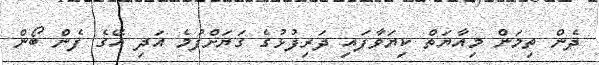
ދެން ތިމަން މިއާޔަތް ކިޔަވާފައި ދަރިފުޅުގެ ގަޔަށްފުމެ އަދި އޭގެ ފެން ބޯން